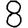
Digit: 8